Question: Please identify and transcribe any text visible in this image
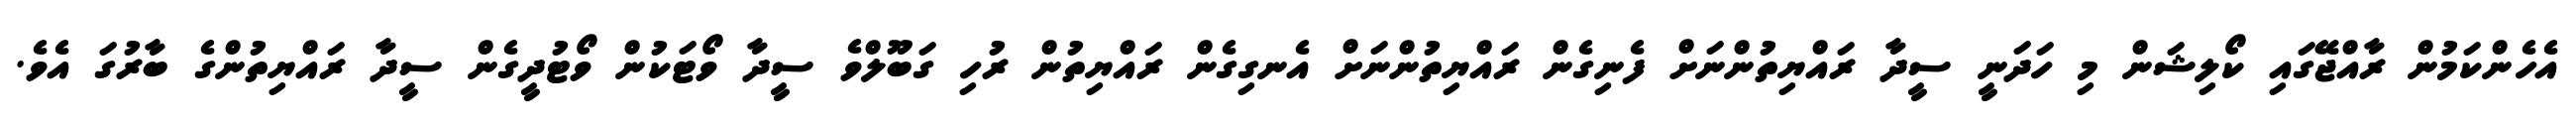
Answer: އެހެންކަމުން ރާއްޖޭގައި ކޯލިޝަން މި ހަދަނީ ސީދާ ރައްޔިތުންނަށް ފެނިގެން ރައްޔިތުންނަށް އެނގިގެން ރައްޔިތުން ރުހި ގަބޫލްވެ ސީދާ ވޯޓަކުން ވޯޓުދީގެން ސީދާ ރައްޔިތުންގެ ބާރުގަ އެވެ.